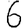
Digit: 6